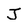
Character: J